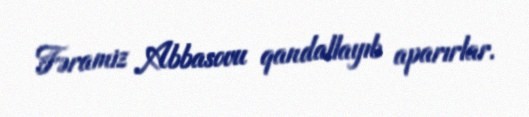
Fəramiz Abbasovu qandallayıb aparırlar.